Report on the working of the Ranchi Indian Mental Hospital, Kanke, in Bihar and Orissa - 1930-1940
Year: 1930
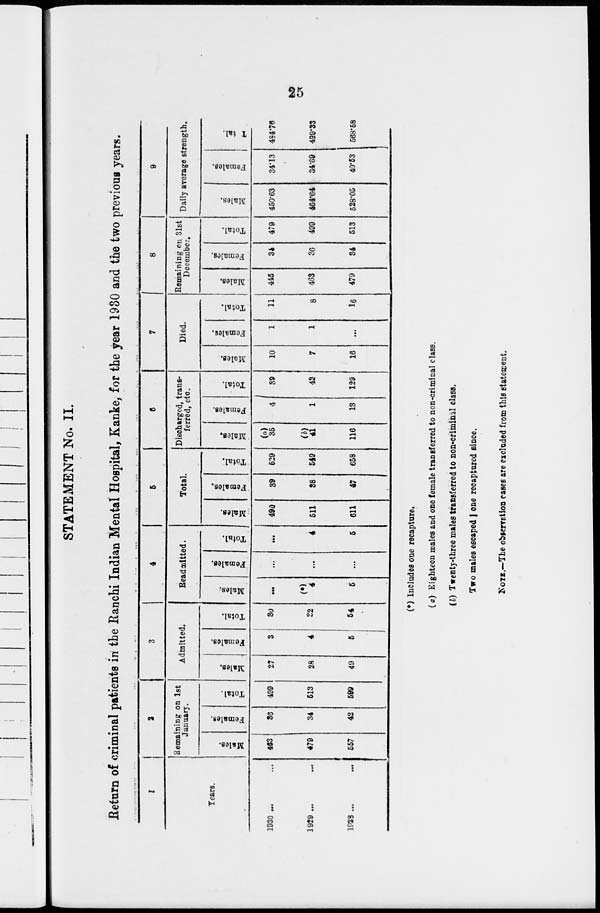
25
STATEMENT No. II.
Return of criminal patients in the Ranchi Indian Mental Hospital, Kanke, for the year 1930 and the two previous years.
1
Years.
1930 ... ...
1929
...
...
1928 ... ...
2
Remaining on 1st
January.
Males.
463
479
557
Females.
36
34
42
Total.
499
513
599
3
Admitted.
Males.
27
28
49
Females.
3
4
5
Total.
30
32
54
4
Readmitted.
Males.
...
(*)
4
5
Females.
...
...
...
Total.
...
4
5
5
Total.
Males.
490
511
611
Females.
39
38
47
Total.
529
549
658
6
Discharged, trans-
ferred, etc.
Males.
(a)
35
(b)
41
116
Females.
4
1
13
Total.
39
42
129
7
Died.
Males.
10
7
16
Females.
1
1
...
Total.
11
8
16
8
Remaining on 31st
December.
Males.
445
463
479
Females.
34
36
34
Total.
479
499
513
9
Daily average strength.
Males.
450.63
464.64
528.05
Females.
34.13
34.69
40.53
Total.
484.76
499.33
568.58
(*) Includes one recapture.
(a) Eighteen males and one female transferred to non-criminal class.
(b) Twenty-three males transferred to non-criminal class.
Two males escaped | one recaptured since.
NOTE.—The observation cases are excluded from this statement.